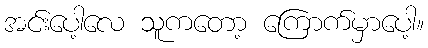
အင်းပေါ့လေ သူကတော့ ကြောက်မှာပေါ့။